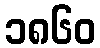
၁၈၆၀